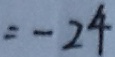
= - 2 4